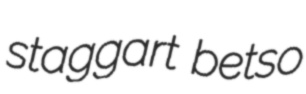
staggart betso